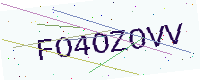
Text: FO4OZOVV